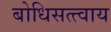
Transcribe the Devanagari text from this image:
बोधिसत्त्वाय